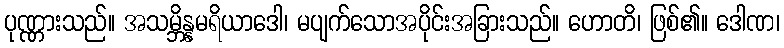
ပုဏ္ဏားသည်။ အသမ္ဘိန္နမရိယာဒေါ၊ မပျက်သောအပိုင်းအခြားသည်။ ဟောတိ၊ ဖြစ်၏။ ဒေါဏ၊